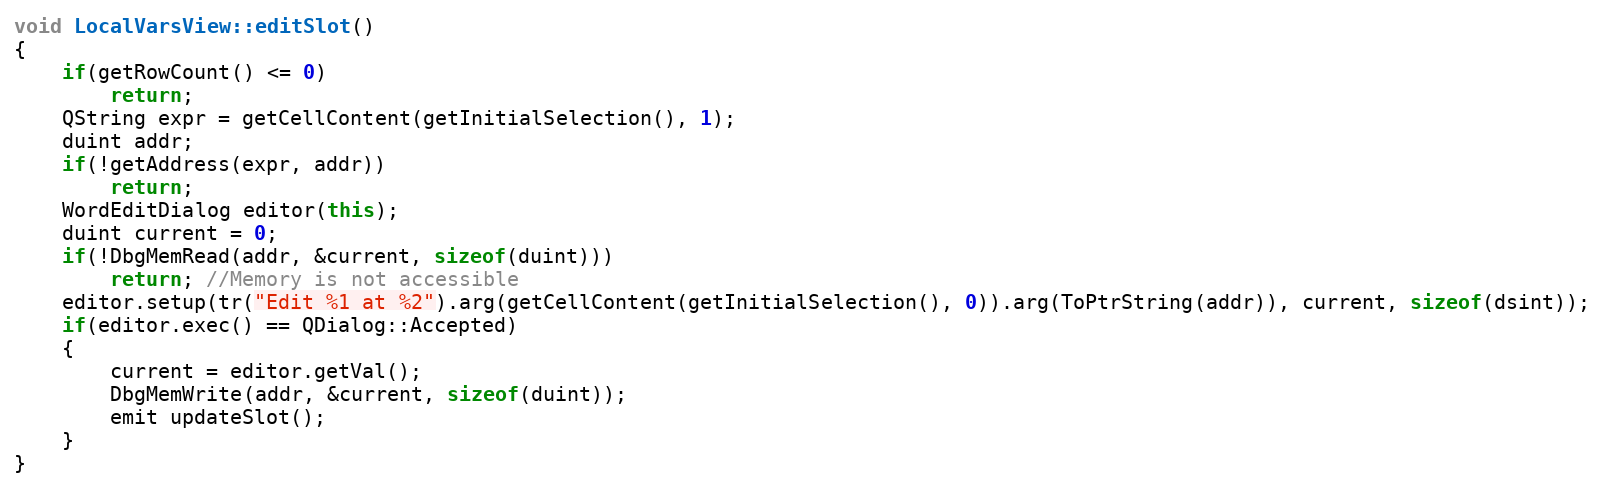
Language: C++
void LocalVarsView::editSlot()
{
    if(getRowCount() <= 0)
        return;
    QString expr = getCellContent(getInitialSelection(), 1);
    duint addr;
    if(!getAddress(expr, addr))
        return;
    WordEditDialog editor(this);
    duint current = 0;
    if(!DbgMemRead(addr, &current, sizeof(duint)))
        return; //Memory is not accessible
    editor.setup(tr("Edit %1 at %2").arg(getCellContent(getInitialSelection(), 0)).arg(ToPtrString(addr)), current, sizeof(dsint));
    if(editor.exec() == QDialog::Accepted)
    {
        current = editor.getVal();
        DbgMemWrite(addr, &current, sizeof(duint));
        emit updateSlot();
    }
}